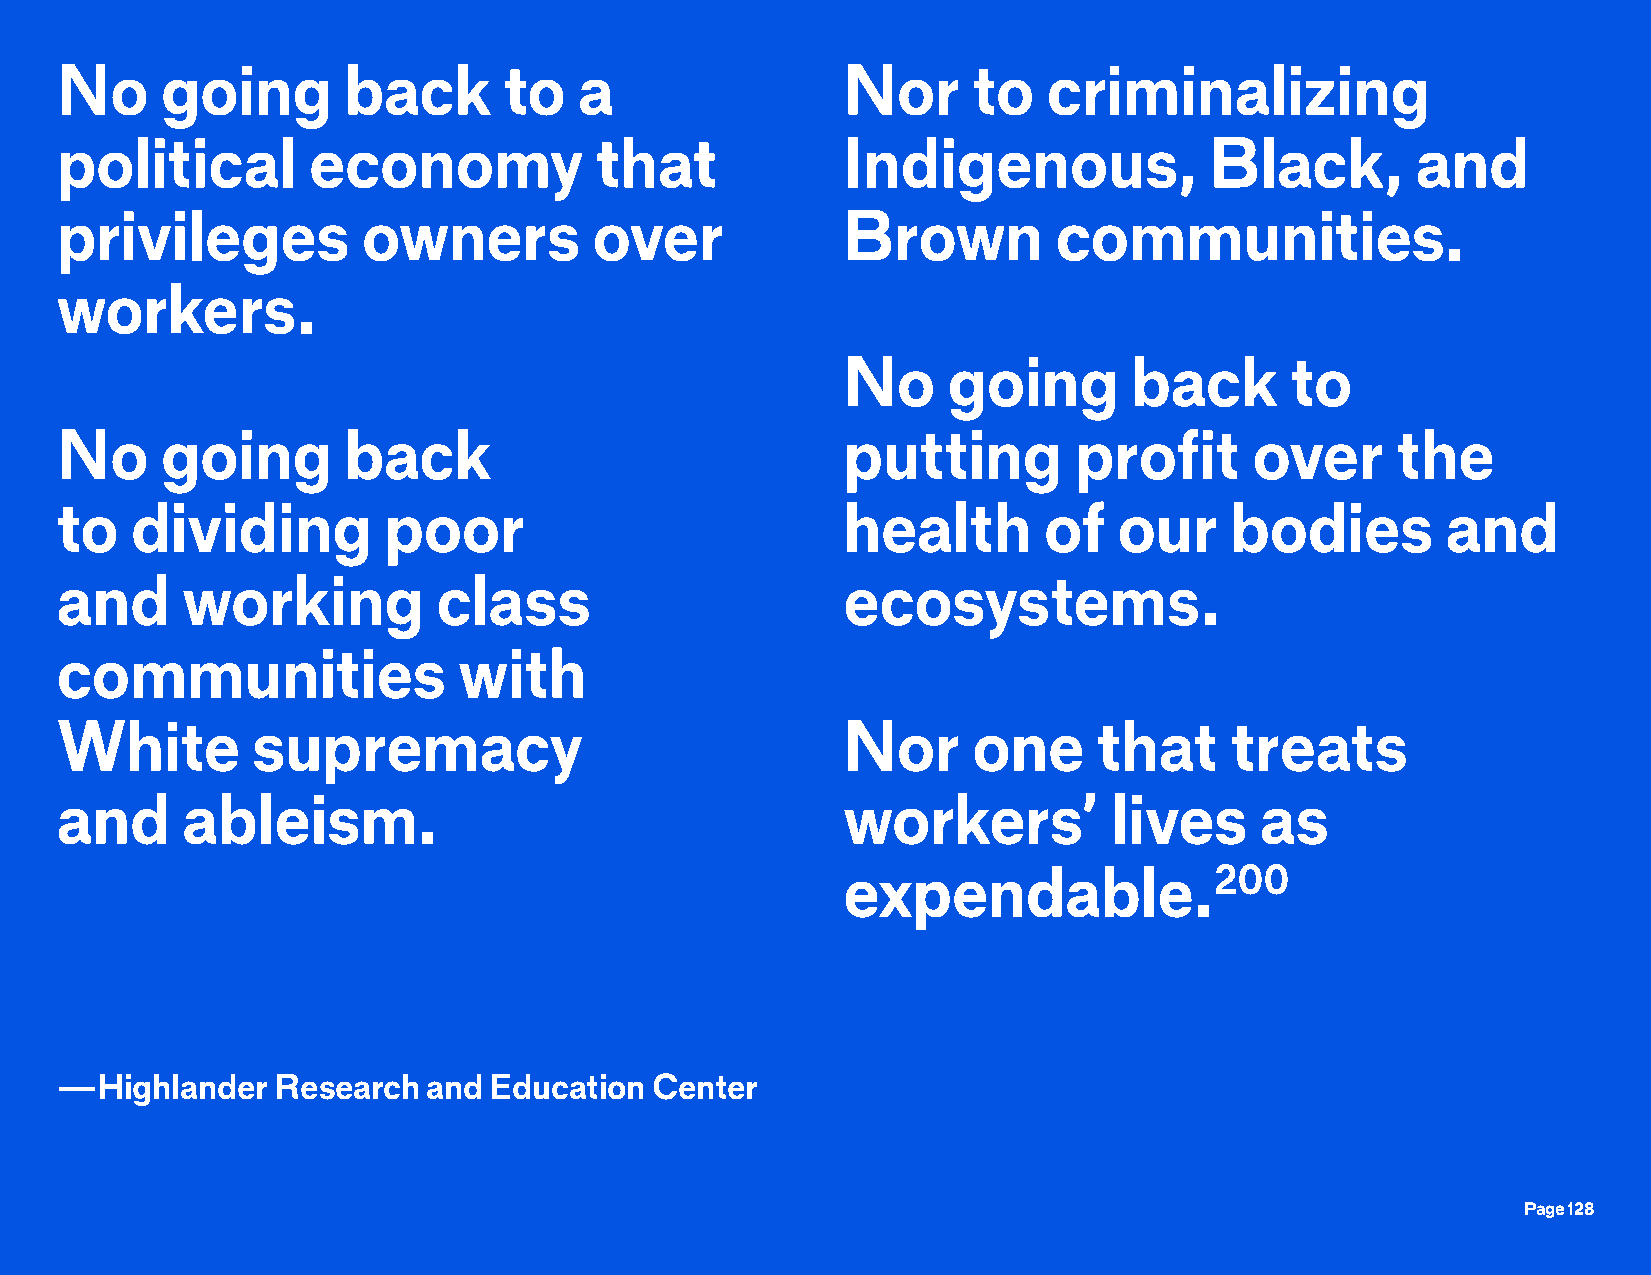
No     going       back      to   a                 Nor     to   criminalizing
 political       economy            that             Indigenous,             Black,        and
 privileges          owners         over             Brown         communities.
 workers.
 No     going       back      to
 No     going       back                             putting        profit      over     the
 to   dividing        poor                           health       of   our    bodies         and
 and     working          class                      ecosystems.
 communities               with
 White        supremacy                              Nor     one      that    treats
 and     ableism.                                    workers’          lives    as
 expendable.200
 —Highlander   Research  and Education  Center
 Page 128